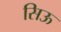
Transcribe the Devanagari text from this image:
सिऊ